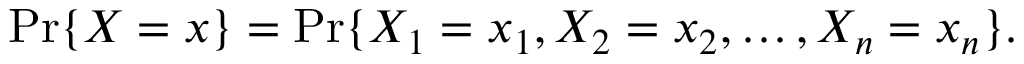
\operatorname* { P r } \{ X = x \} = \operatorname* { P r } \{ X _ { 1 } = x _ { 1 } , X _ { 2 } = x _ { 2 } , \ldots , X _ { n } = x _ { n } \} .